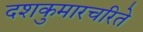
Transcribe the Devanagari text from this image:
दशकुमारचरिते